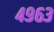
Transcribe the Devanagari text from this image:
४९६३